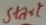
Text: Start